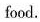
food.